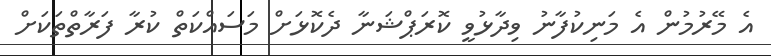
އެ މޭރުމުން އެ މަނިކުފާނު ވިދާޅުވީ ކޮރަޕްޝަނާ ދެކޮޅަށް މަސައްކަތް ކުރާ ފަރާތްތަކަށް